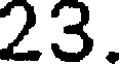
23.